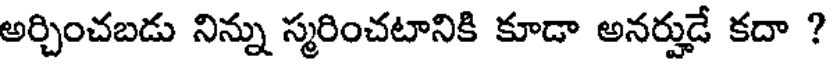
అర్చించబడు నిన్ను స్మరించటానికి కూడా అనర్హుడే కదా ?